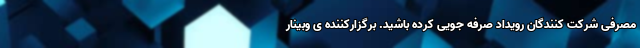
مصرفی شرکت کنندگان رویداد صرفه جویی کرده باشید. برگزارکننده ی وبینار